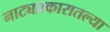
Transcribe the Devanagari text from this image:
नाट्यप्रकारातल्या